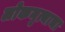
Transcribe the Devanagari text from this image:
लोकनृत्याचा